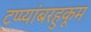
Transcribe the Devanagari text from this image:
टप्प्यांबरहुकूम